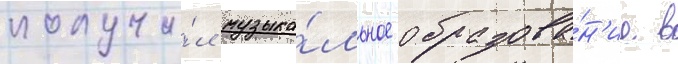
получи́л музыка́льное образова́н'ие в